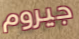
جيروم